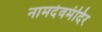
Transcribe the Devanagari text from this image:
नामदेवमंदिर